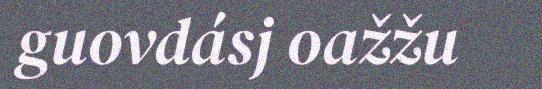
guovdásj oažžu